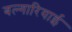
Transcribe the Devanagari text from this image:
बल्गारियाई